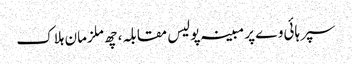
سپر ہائی وے پر مبینہ پولیس مقابلہ، چھ ملزمان ہلاک